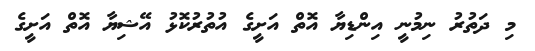
މި ދަތުރު ނިމުނީ އިންޑިޔާ އޮތް އަށީގެ އުތުރުކޮޅު އޭޝިޔާ އޮތް އަށީގެ